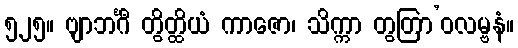
၅၂၅။ ဗျာဘင်္ဂီ တွိတ္ထိယံ ကာဇော၊ သိက္ကာ တွတြာ’ဝလမ္ဗနံ။